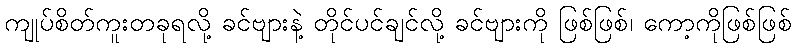
ကျုပ်စိတ်ကူးတခုရလို့ ခင်ဗျားနဲ့ တိုင်ပင်ချင်လို့ ခင်ဗျားကို ဖြစ်ဖြစ်၊ ကော့ကိုဖြစ်ဖြစ်